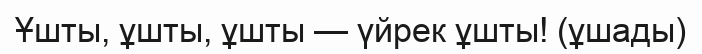
Ұшты, ұшты, ұшты — үйрек ұшты! (ұшады)